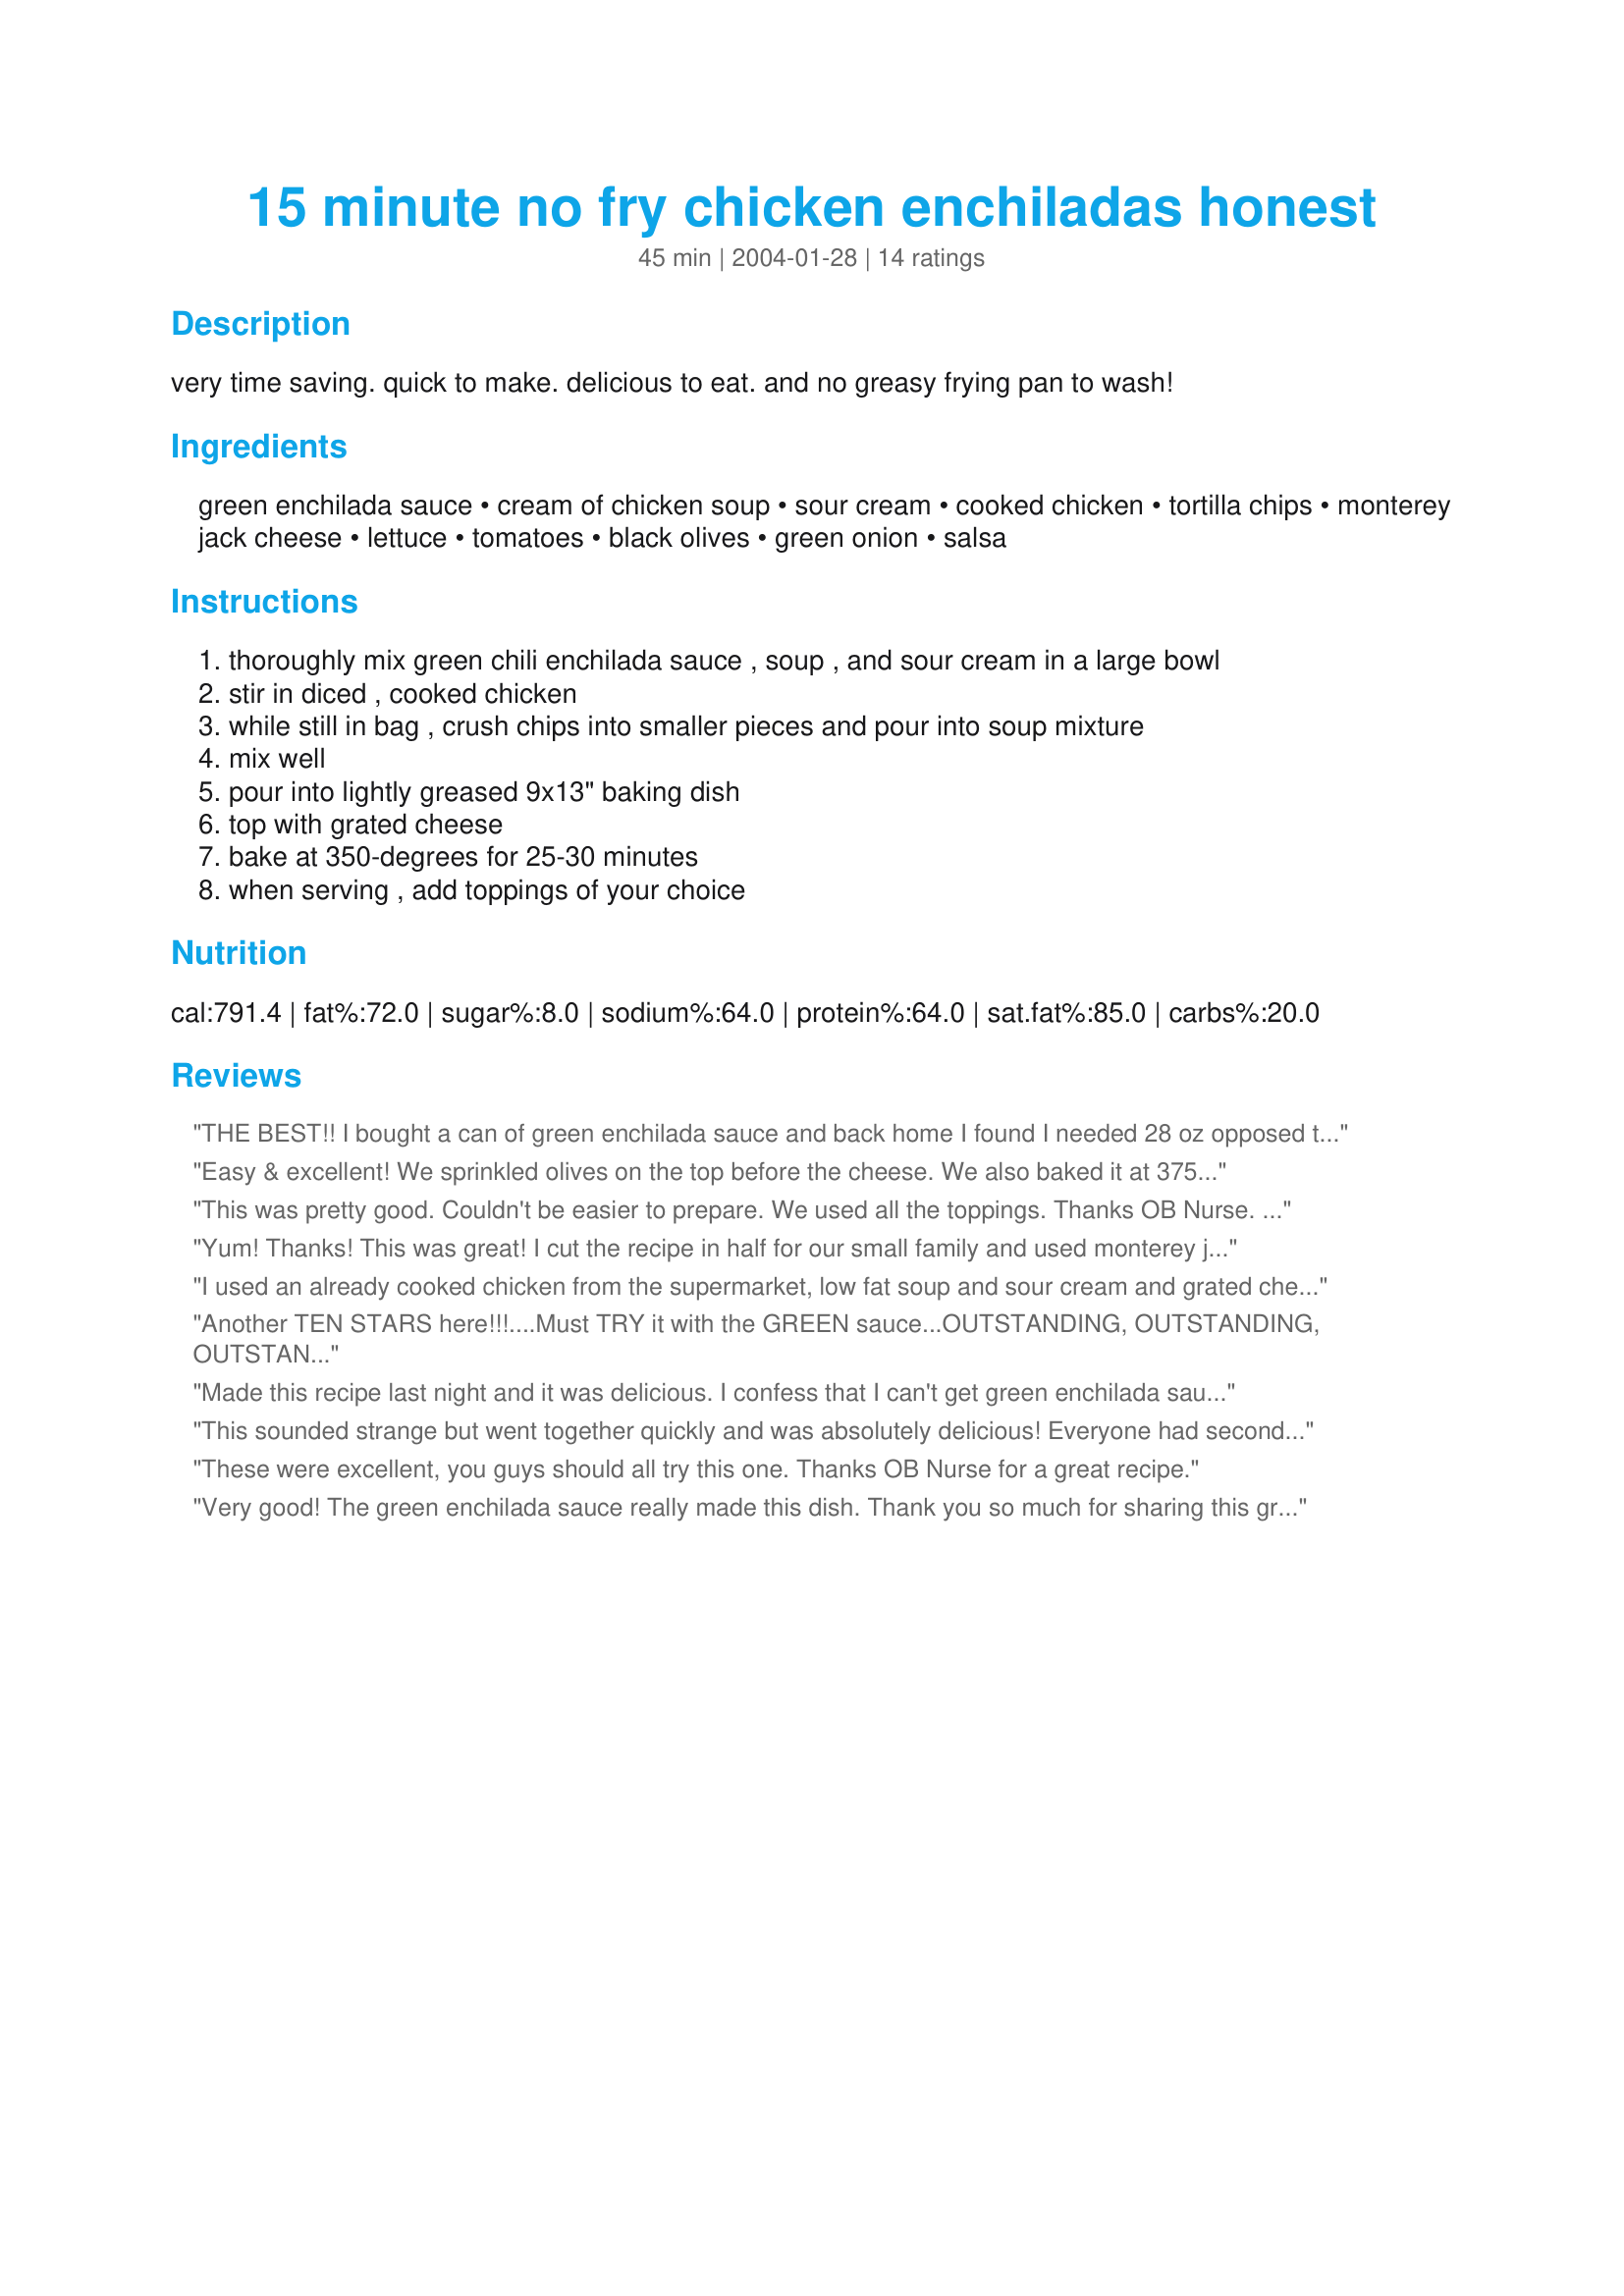
15 minute no fry chicken enchiladas honest
Preparation time: 45 minutes

very time saving. quick to make. delicious to eat. and no greasy frying pan to wash!

Ingredients:
green enchilada sauce, cream of chicken soup, sour cream, cooked chicken, tortilla chips, monterey jack cheese, lettuce, tomatoes, black olives, green onion, salsa

Steps:
thoroughly mix green chili enchilada sauce , soup , and sour cream in a large bowl
stir in diced , cooked chicken
while still in bag , crush chips into smaller pieces and pour into soup mixture
mix well
pour into lightly greased 9x13" baking dish
top with grated cheese
bake at 350-degrees for 25-30 minutes
when serving , add toppings of your choice

Reviews:
THE BEST!! I bought a can of green enchilada sauce and back home I found I needed 28 oz opposed to the 10 oz I bought. I added a 4 oz can of green chilies, 4 oz of Half&amp;Half, 4 ozs of Medium Salsa and finished with 6 ozs of chicken broth. Just the right anount of heat for chicken enchiladas. The recipe turned out great and I can&#039;t wait to try with the 28 oz of green sauce. Next time, I will add 1-2 cups more chicken (our preference) Highly suggest you try!!!
Easy & excellent! We sprinkled olives on the top before the cheese. We also baked it at 375 for 45 minutes to make the top brown & chewy! Served it with Mexican Slaw recipe #28829. Perfect summer dinner outside!
This was pretty good. Couldn't be easier to prepare. We used all the toppings.

Thanks OB Nurse.

Bullwinkle
Yum! Thanks! This was great! I cut the recipe in half for our small family and used monterey jack cheese. We will be making this again....I loved how easy it was and fast!!!! Thanks!
I used an already cooked chicken from the supermarket, low fat soup and sour cream and grated cheese. no one had a clue. it was a delcious dinner. thank you for posting this recipe
Another TEN STARS here!!!....Must TRY it with the GREEN sauce...OUTSTANDING, OUTSTANDING, OUTSTANDING!!!...THANK YOU TRULY!!!!
Made this recipe last night and it was delicious. I confess that I can't get green enchilada sauce over here, so had to make do with what I could get. (am thinking about how much better it would be with the green and salivating as it really was delicious anyways) Halved the recipe quite successfully, as there are only two of us. Garnished it with black olives, lettuce, diced tomatoes, green onions and some low fat sour cream and was in heaven! Thanks for the delicious recipe! I know I will make it often and can't wait to make it when the missionaries come next time for tea.
This sounded strange but went together quickly and was absolutely delicious! Everyone had seconds! Will definitely make this again soon! It is addictive!
These were excellent, you guys should all try this one. Thanks OB Nurse for a great recipe.
Very good! The green enchilada sauce really made this dish. Thank you so much for sharing this great weeknight meal recipe!
TEN STARS!!!! THESE WERE OUTSTANDING!! AND SOOOOO EASY. I TEACH A COOKING CLASS AT THE UNiVERSITY HERE. THEY HAVE A PROGRAM, "LEARNING IN RETIREMENT".
THEY ALL SAID(16 of them) THESE WERE THE BEST THEY EVER TASTED. I MADE Recipe#48162 (yellow rice) to go with it and a Black Bean salad.
So thanks for helping me to Shine! :-) Ingrid/Koechin
We definitely do mexican food around here and this was great. Not too spicy for the kids. In my 15 min rush, I forgot to add the optional toppings but we decided to save those for leftovers tomorrow night so it will taste like a whole new dish. Thanks for the recipe and I definitely will be making this one often!
This was so easy to put together & the results were delicious!! I did double the amount of chicken (personal preference). Had intended to add sliced black olives & green onions to the casserole, but forgot it this time. Will try that next time. Next time I will also remove a good handful of the tortilla chips before breaking up the remainder for the dish. It was great as written, but I thought a few less chips would help the other flavors shine more. This will become a staple dish at my house. 
P.S. Leftovers freeze well.
very yummy, next time I am going to add more chilles to spice it up (I also added green salsa).It was also easy to make, great for leftovers!
